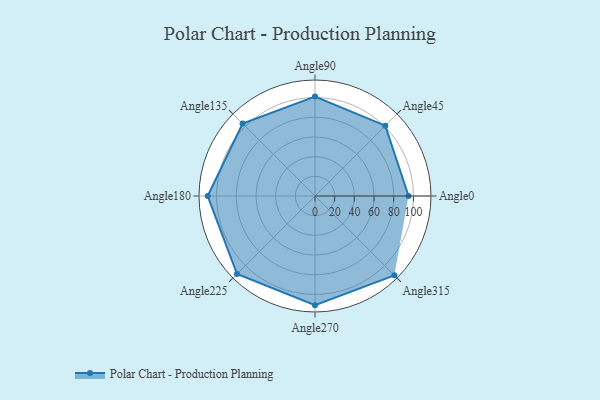
{"axis": {"x": "Angle", "y": "Radius"}, "legend": [""], "data": [{"x": "Angle0", "y": 95.0, "type": ""}, {"x": "Angle45", "y": 101.0, "type": ""}, {"x": "Angle90", "y": 101.0, "type": ""}, {"x": "Angle135", "y": 104.0, "type": ""}, {"x": "Angle180", "y": 109.0, "type": ""}, {"x": "Angle225", "y": 112.0, "type": ""}, {"x": "Angle270", "y": 111.0, "type": ""}, {"x": "Angle315", "y": 114.0, "type": ""}]}